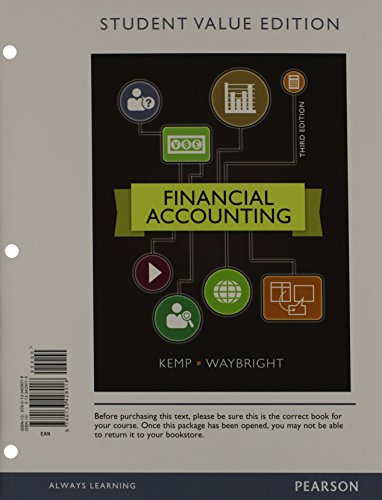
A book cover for Financial Accounting, Student Value Edition Plus NEW MyAccountingLab with Pearson eText -- Access Card Package (3rd Edition); Robert Kemp; Business & Money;